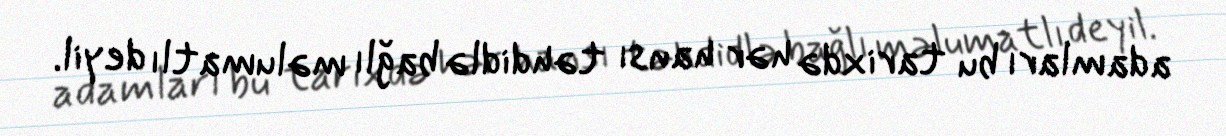
adamları bu tarixdə hər hansı təhdidlə bağlı məlumatlı deyil.